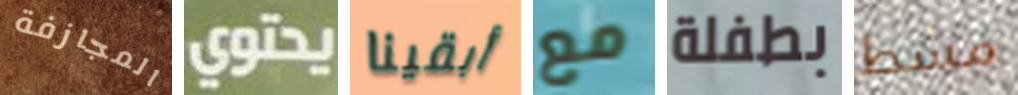
المجازفة يحتوي أبقينا مع بطفلة مشط